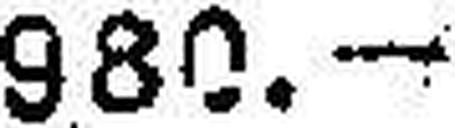
980.—